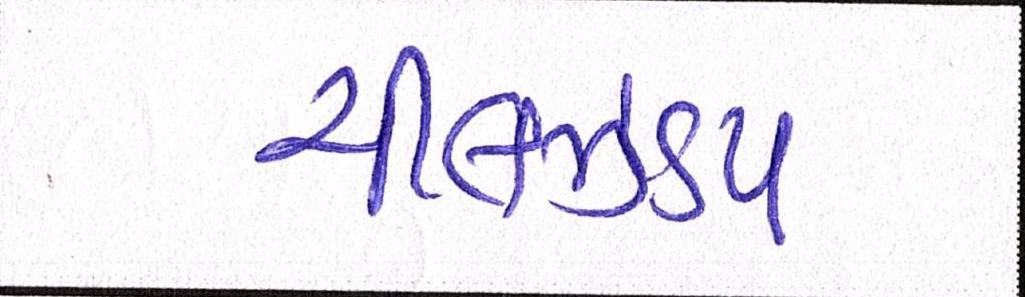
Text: ચીલઝડપ